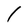
Character: I